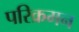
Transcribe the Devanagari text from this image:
परिक्रमन